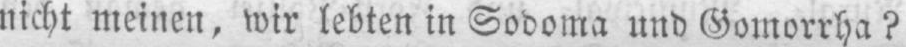
nicht meinen, wir lebten in Sodoma und Gomorrha?